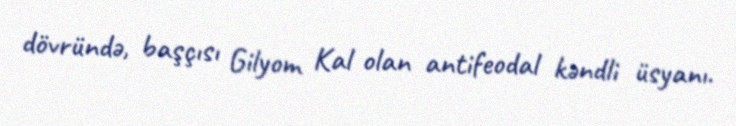
dövründə, başçısı Gilyom Kal olan antifeodal kəndli üsyanı.